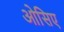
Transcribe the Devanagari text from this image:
ओसिए